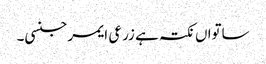
ساتواں نکتہ ہے زرعی ایمرجنسی۔